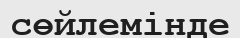
сөйлемінде